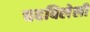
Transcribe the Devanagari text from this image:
चढविलेली